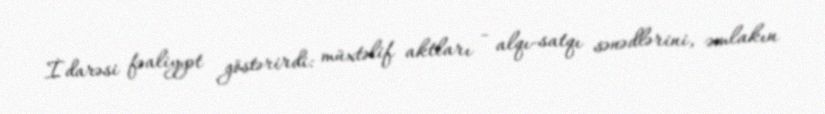
İdarəsi fəaliyyət göstərirdi: müxtəlif aktları - alqı-satqı sənədlərini, əmlakın